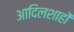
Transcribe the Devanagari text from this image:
आदिलशाहों